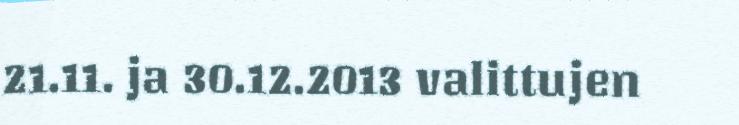
21.11. ja 30.12.2013 valittujen